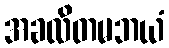
အခလိတမဘယံ